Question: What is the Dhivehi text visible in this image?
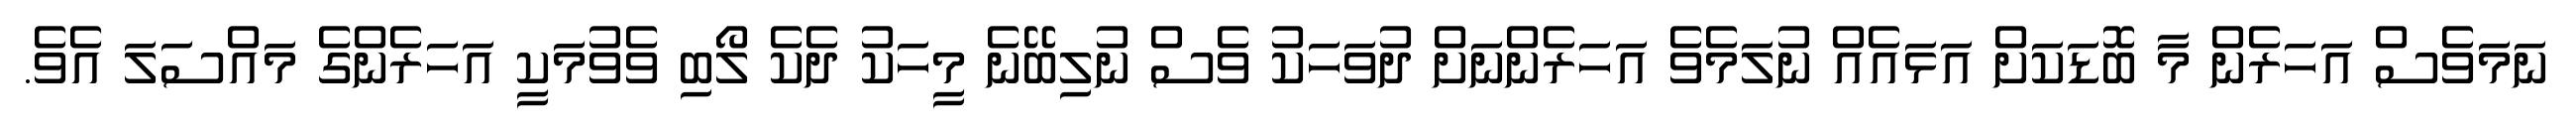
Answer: ނަމަވެސް އަހަރެން މާ ބޮޑަކަށް އަޅައެއް ނުލަމެވެ އަހަރެންނަށް ދުވަހަކު ވެސް ނުލިބޭނެ މީހަކު ދެކެ ލޯބި ވެވުމަކީ އަހަރެންގެ މައްސަލަ އެވެ.